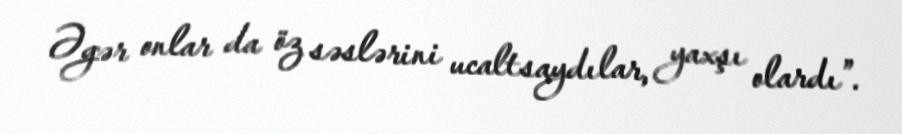
Əgər onlar da öz səslərini ucaltsaydılar, yaxşı olardı”.